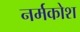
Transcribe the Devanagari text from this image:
नर्मकोश